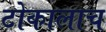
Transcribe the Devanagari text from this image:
टोकालाच